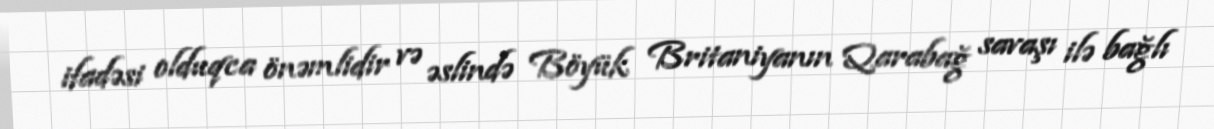
ifadəsi olduqca önəmlidir və əslində Böyük Britaniyanın Qarabağ savaşı ilə bağlı